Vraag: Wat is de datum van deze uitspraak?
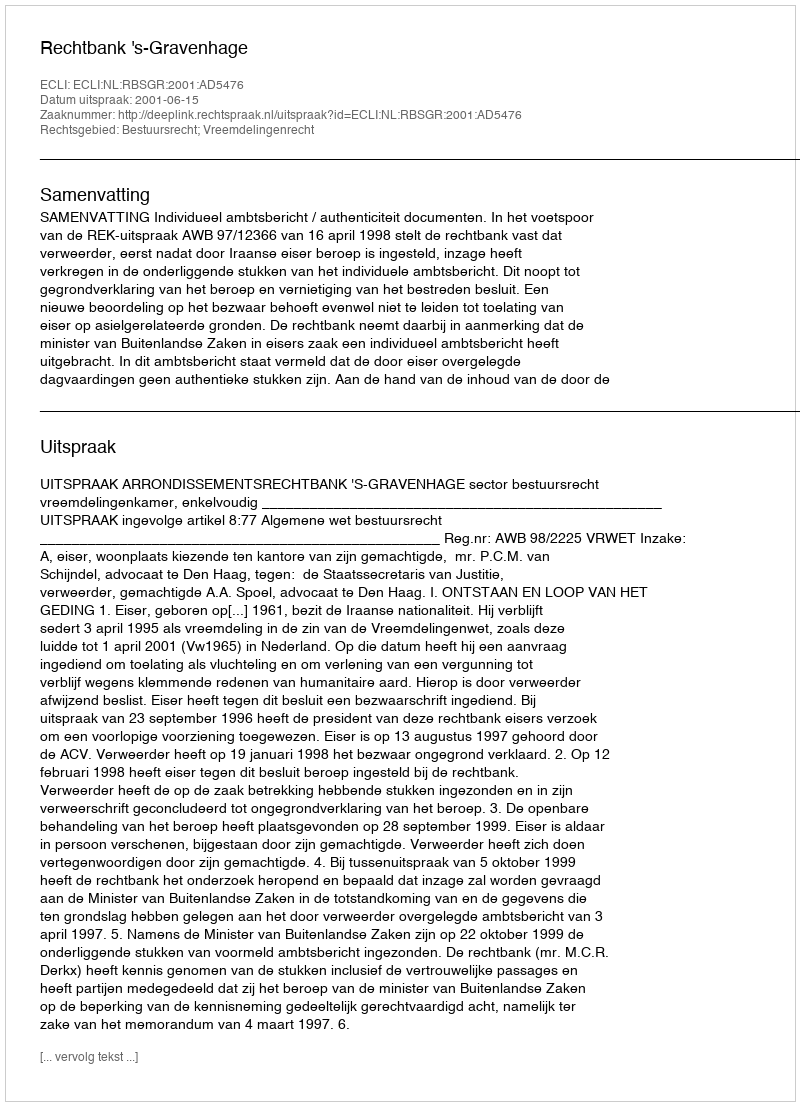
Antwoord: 2001-06-15